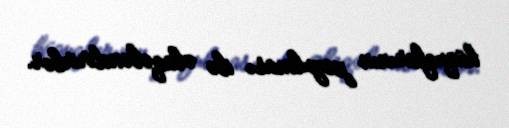
hüquqlarının pozulması ilə əlaqələndirirlər.